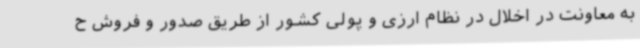
به معاونت در اخلال در نظام ارزی و پولی کشور از طریق صدور و فروش ح